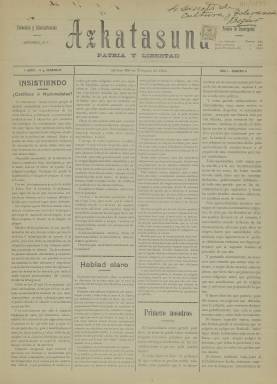
Título: Azkatasuna (Bilbao)
Colección: Periódicos
Ámbito geográfico: Vizcaya
Lugar de publicación: Bilbao [Vizcaya]
Fechas: 25/02/1911-25/02/1911